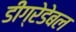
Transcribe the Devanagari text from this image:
डीग्रेडेबल